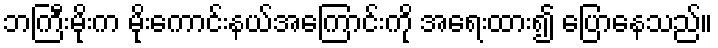
ဘကြီးမိုးက မိုးကောင်းနယ်အကြောင်းကို အရေးထား၍ ပြောနေသည်။